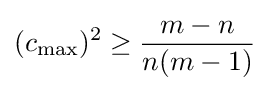
(c_{\max })^{2}\geq {\frac {m-n}{n(m-1)}}